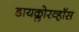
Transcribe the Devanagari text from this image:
डायक्लोरव्हॉस